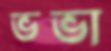
ভভা